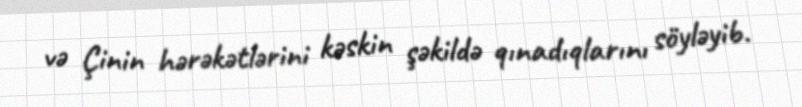
və Çinin hərəkətlərini kəskin şəkildə qınadıqlarını söyləyib.